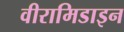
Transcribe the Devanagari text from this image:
वीरामिडाइन